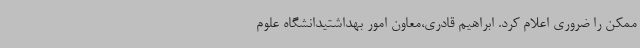
ممکن را ضروری اعلام کرد. ابراهیم قادری،معاون امور بهداشتیدانشگاه علوم